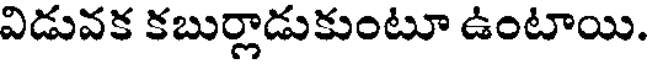
విడువక కబుర్లాడుకుంటూ ఉంటాయి.